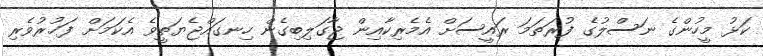
ކަޅު މީހުންގެ ނަސްލުގެ ފުރަތަމަ ރައީސަށް އެމެރިކާއިން ޖާގަލިބިގެން ހިނގައްޖެޔަތީވެ އެކަމަށް ފަޚުރުވެރި